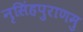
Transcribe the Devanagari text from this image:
नृसिंहपुराणमु